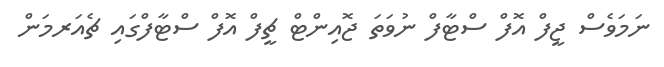
ނަމަވެސް ޖީފް އޮފް ސްޓާފް ނުވަަތަ ޖޮއިންޓް ޗީފް އޮފް ސްޓާފްގައި ޗެއަރމަން